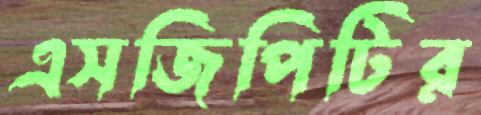
এসজিপিটির